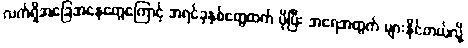
လက်ရှိအခြေအနေတွေကြောင့် အရင်ခုနှစ်တွေထက် ပိုပြီး အရေအတွက် များနိုင်တယ်လို့